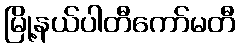
မြို့နယ်ပါတီကော်မတီ